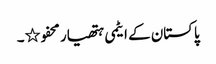
پاکستان کے ایٹمی ہتھیار محفو٭۔